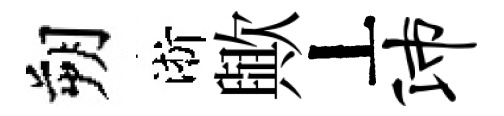
朔淅歟丄沛